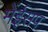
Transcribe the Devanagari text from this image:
मेंईसप